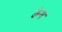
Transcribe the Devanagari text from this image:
क्वेम